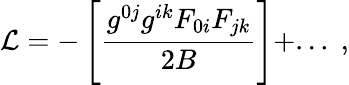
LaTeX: {\cal L}=-\left[\frac{g^{0j}g^{ik}F_{0i}F_{jk}}{2B}\right]+...\; ,